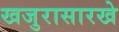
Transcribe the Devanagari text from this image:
खजुरासारखे